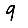
Digit: 9